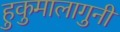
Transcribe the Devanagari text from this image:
हुकुमालागुनी